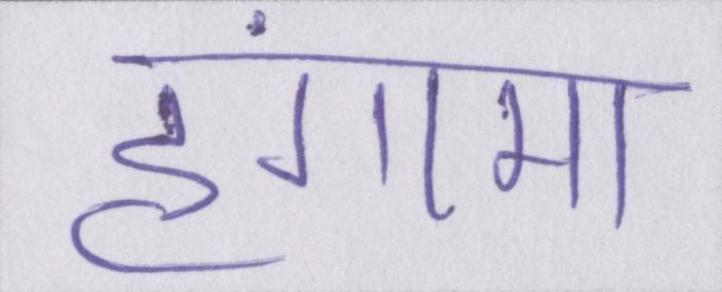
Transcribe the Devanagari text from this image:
हंगामा